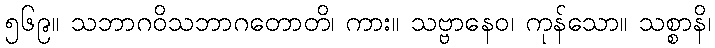
၅၆၉။ သဘာဂဝိသဘာဂတောတိ၊ ကား။ သဗ္ဗာနေဝ၊ ကုန်သော။ သစ္စာနိ၊